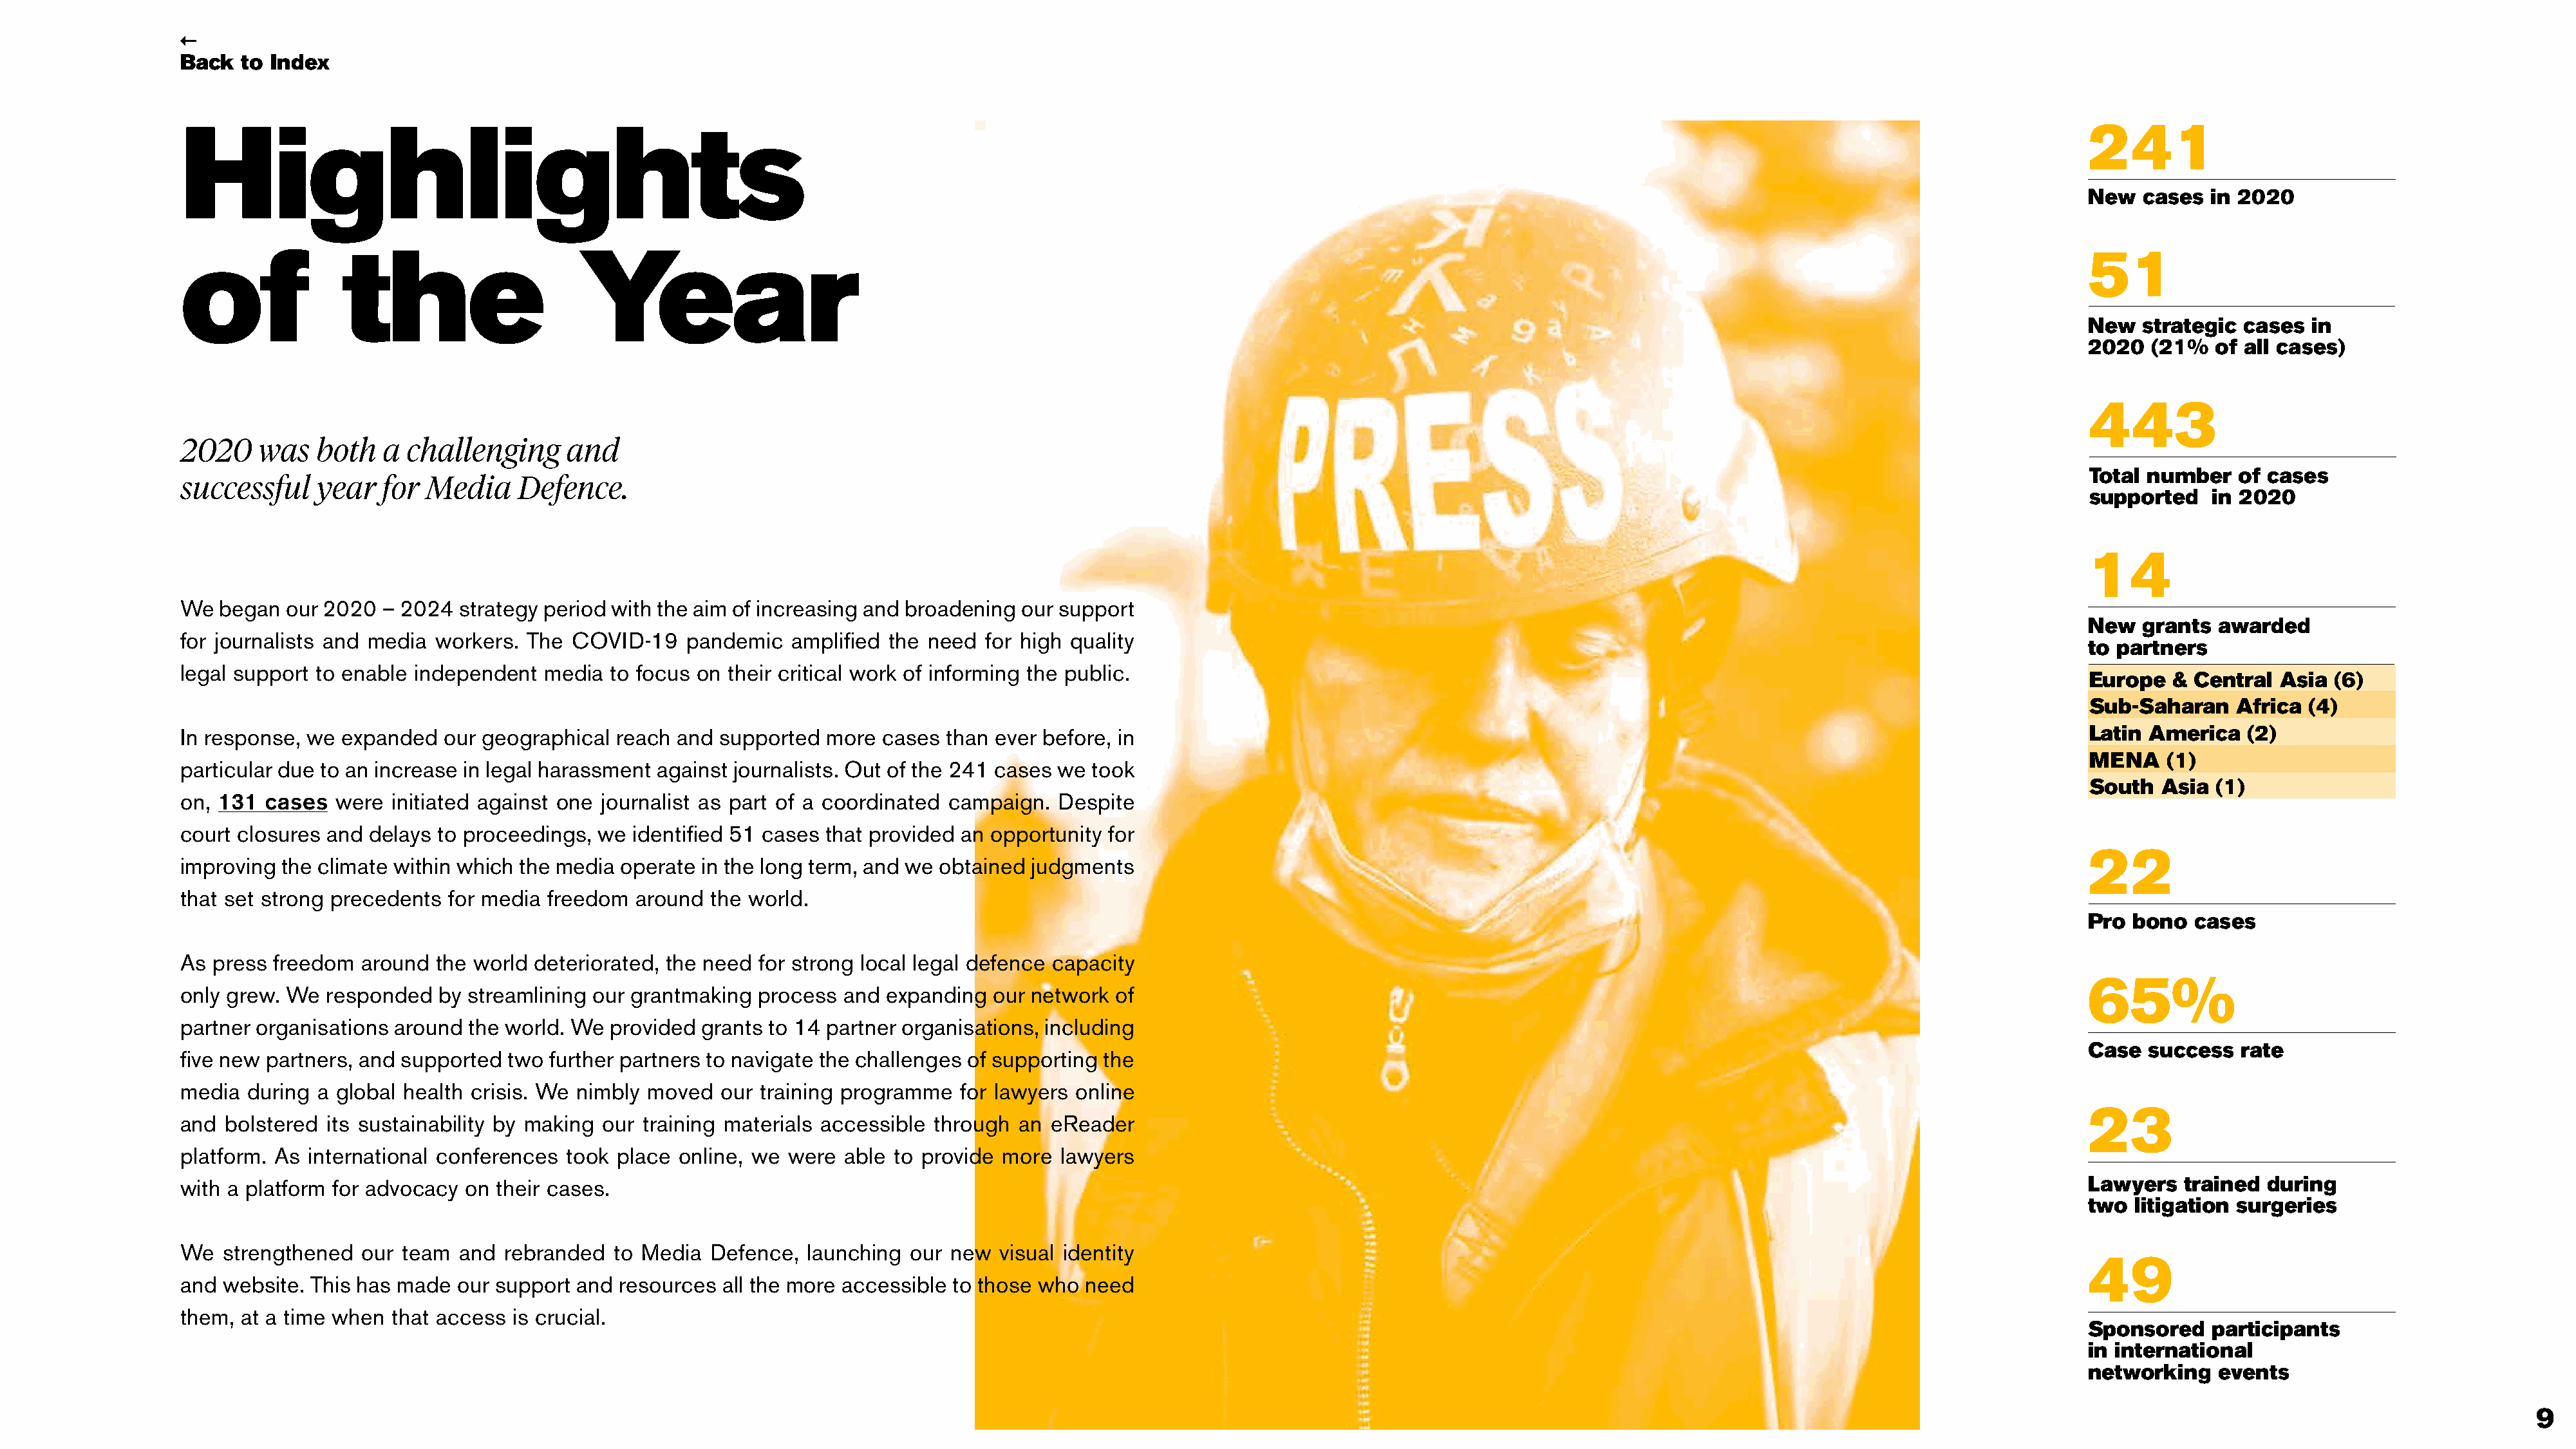
←
 Back  to Index
 Highlights                                                                                                                                                                                          241
 New  cases  in 2020
 of              the                      Year                                                                                                                                                       51
 New  strategic  cases  in
 2020  (21%   of all cases)
 443
 2020    was  both   a  challenging     and
 Total number   of cases
 successful    year  for  Media    Defence.
 supported   in 2020
 14
 We  began our 2020  – 2024  strategy period with the aim of increasing and broadening our support
 New  grants  awarded
 for journalists and media workers. The  COVID-19    pandemic  amplified the need  for high quality
 to partners
 legal support to enable independent  media  to focus on their critical work of informing the public.
 Europe  &  Central Asia  (6)
 Sub-Saharan    Africa (4)
 In response, we expanded   our geographical reach  and supported  more  cases than ever before, in                                                                                                  Latin America   (2)
 MENA    (1)
 particular due to an increase in legal harassment against journalists. Out of the 241 cases we took
 South  Asia  (1)
 on, 131 cases  were  initiated against one journalist as part of a coordinated campaign.  Despite
 court closures and delays to proceedings, we  identified 51 cases that provided an opportunity for
 22
 improving the climate within which the media operate in the long term, and we obtained judgments
 that set strong precedents for media freedom  around  the world.
 Pro bono   cases
 As press freedom  around  the world deteriorated, the need for strong local legal defence capacity
 65%
 only grew. We  responded  by streamlining our grantmaking  process  and expanding  our network  of
 partner organisations around the world. We  provided grants to 14 partner organisations, including
 Case  success  rate
 five new partners, and supported two further partners to navigate the challenges of supporting the
 media during  a global health crisis. We nimbly moved  our training programme   for lawyers online
 23
 and bolstered  its sustainability by making our training materials accessible through an eReader
 platform. As international conferences took place  online, we were  able to provide more  lawyers
 with a platform for advocacy on their cases.                                                                                                                                                        Lawyers   trained during
 two litigation surgeries
 We  strengthened  our team  and  rebranded  to Media  Defence,  launching  our new  visual identity
 49
 and website. This has made  our support and  resources all the more accessible to those who  need
 them, at a time when that access  is crucial.
 Sponsored   participants
 in international
 networking   events
 9